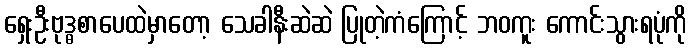
ရှေးဦးဗုဒ္ဓစာပေထဲမှာတော့ သေခါနီးဆဲဆဲ ပြုတဲ့ကံကြောင့် ဘဝကူး ကောင်းသွားရပုံကို